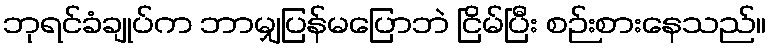
ဘုရင်ခံချုပ်က ဘာမျှပြန်မပြောဘဲ ငြိမ်ပြီး စဉ်းစားနေသည်။